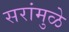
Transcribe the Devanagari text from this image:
सरांमुळे